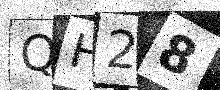
Text: QH28